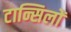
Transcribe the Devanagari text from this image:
टान्सिलों